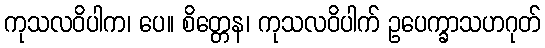
ကုသလဝိပါက၊ ပေ။ စိတ္တေန၊ ကုသလဝိပါက် ဥပေက္ခာသဟဂုတ်